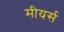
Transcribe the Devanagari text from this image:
मीयर्स